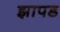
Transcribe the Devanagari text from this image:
झापड